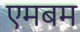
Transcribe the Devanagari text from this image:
एमबम